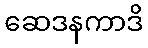
ဆေဒနကာဒိ